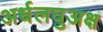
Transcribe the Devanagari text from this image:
अर्धलघुअक्ष